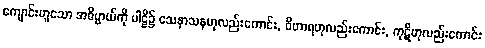
ကျောင်းဟူသော အဓိပ္ပာယ်ကို ပါဠိ၌ သေနာသနဟုလည်းကောင်း, ဝိဟာရဟုလည်းကောင်း, ကုဋိဟုလည်းကောင်း